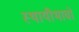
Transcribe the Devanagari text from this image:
स्थायीभावों